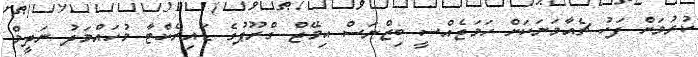
ކުރުމަށް ފަހު ޗެއާމަނަކަށް ހަމަޖެއްސީ ބިޒްނަސް އިމޭޖް ގްރޫޕުގެ ޑައިރެކްޓާ މުހައްމަދު ނަދީމް